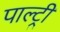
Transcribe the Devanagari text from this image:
पाल्ट्री